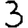
Digit: 3